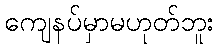
ကျေနပ်မှာမဟုတ်ဘူး